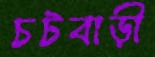
চটবাড়ী